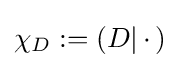
{\textstyle \chi _{D}:=(D|\,\cdot \,)}